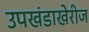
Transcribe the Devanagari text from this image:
उपखंडाखेरीज